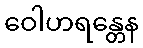
ဝေါဟရန္တေန